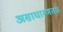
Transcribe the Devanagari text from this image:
असाधारणता।